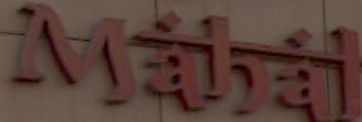
Mahal